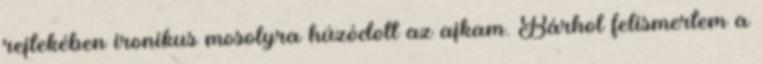
rejtekében ironikus mosolyra húzódott az ajkam. Bárhol felismertem a